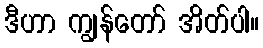
ဒီဟာ ကျွန်တော် အိတ်ပါ။